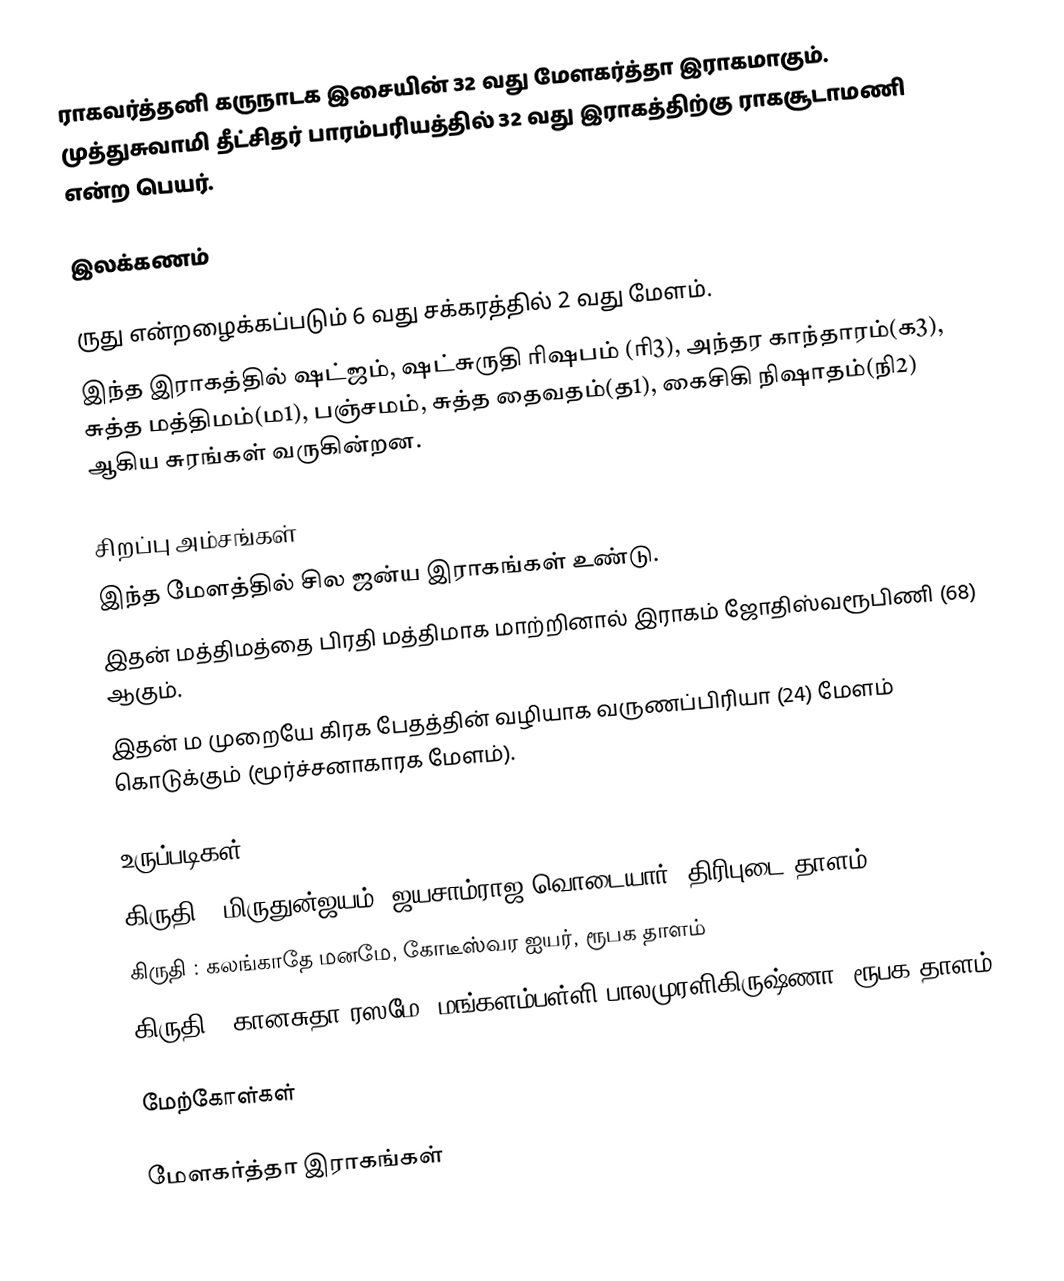
ராகவர்த்தனி கருநாடக இசையின் 32 வது மேளகர்த்தா இராகமாகும். முத்துசுவாமி தீட்சிதர் பாரம்பரியத்தில் 32 வது இராகத்திற்கு ராகசூடாமணி என்ற பெயர்.

இலக்கணம்

 ருது என்றழைக்கப்படும் 6 வது சக்கரத்தில் 2 வது மேளம்.
 இந்த இராகத்தில் ஷட்ஜம், ஷட்சுருதி ரிஷபம் (ரி3), அந்தர காந்தாரம்(க3), சுத்த மத்திமம்(ம1), பஞ்சமம், சுத்த தைவதம்(த1), கைசிகி நிஷாதம்(நி2) ஆகிய சுரங்கள் வருகின்றன.

சிறப்பு அம்சங்கள்
 இந்த மேளத்தில் சில ஜன்ய இராகங்கள் உண்டு.
 இதன் மத்திமத்தை பிரதி மத்திமாக மாற்றினால் இராகம் ஜோதிஸ்வரூபிணி (68) ஆகும்.
 இதன் ம முறையே கிரக பேதத்தின் வழியாக வருணப்பிரியா (24) மேளம் கொடுக்கும் (மூர்ச்சனாகாரக மேளம்).

உருப்படிகள்
 கிருதி	: மிருதுன்ஜயம், ஜயசாம்ராஜ வொடையார், திரிபுடை தாளம்
 கிருதி	: கலங்காதே மனமே, கோடீஸ்வர ஐயர், ரூபக தாளம்
 கிருதி	: கானசுதா ரஸமே, மங்களம்பள்ளி பாலமுரளிகிருஷ்ணா, ரூபக தாளம்

மேற்கோள்கள்

மேளகர்த்தா இராகங்கள்